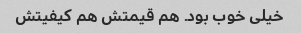
خیلی خوب بود. هم قیمتش هم کیفیتش